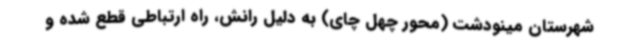
شهرستان مینودشت (محور چهل چای) به دلیل رانش، راه ارتباطی قطع شده و